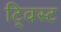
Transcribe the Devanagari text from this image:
टि्वस्ट